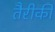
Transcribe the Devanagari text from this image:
तैरीकी